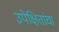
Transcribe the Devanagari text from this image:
उपेक्षितांचा